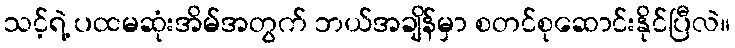
သင့်ရဲ့ ပထမဆုံးအိမ်အတွက် ဘယ်အချိန်မှာ စတင်စုဆောင်းနိုင်ပြီလဲ။